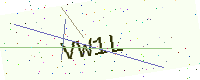
Text: VW1L